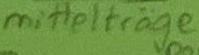
Text: mittelträge